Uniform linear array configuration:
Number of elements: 12
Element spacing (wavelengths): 0.75
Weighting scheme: kaiser
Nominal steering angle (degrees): -45
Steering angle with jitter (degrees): -46.952
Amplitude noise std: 0.05
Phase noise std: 0.05

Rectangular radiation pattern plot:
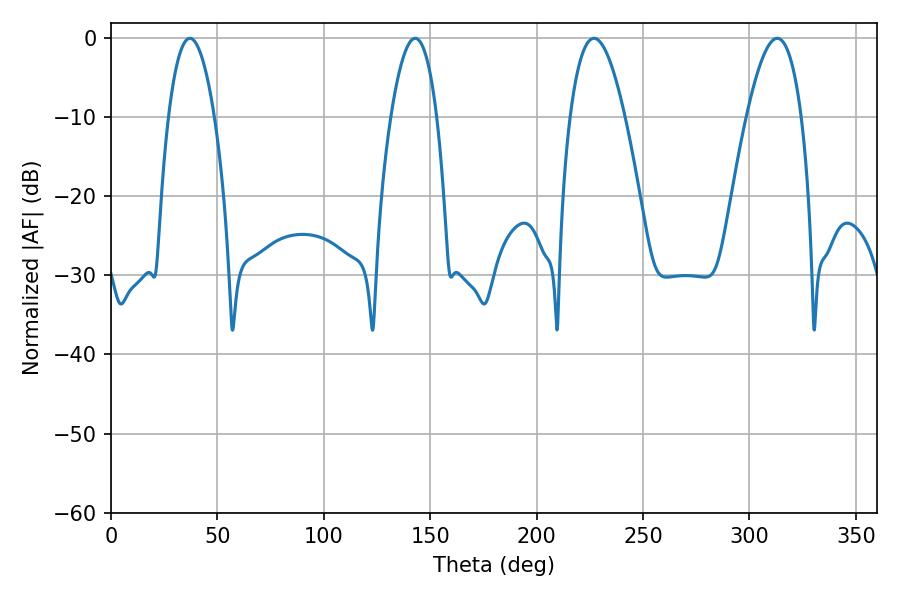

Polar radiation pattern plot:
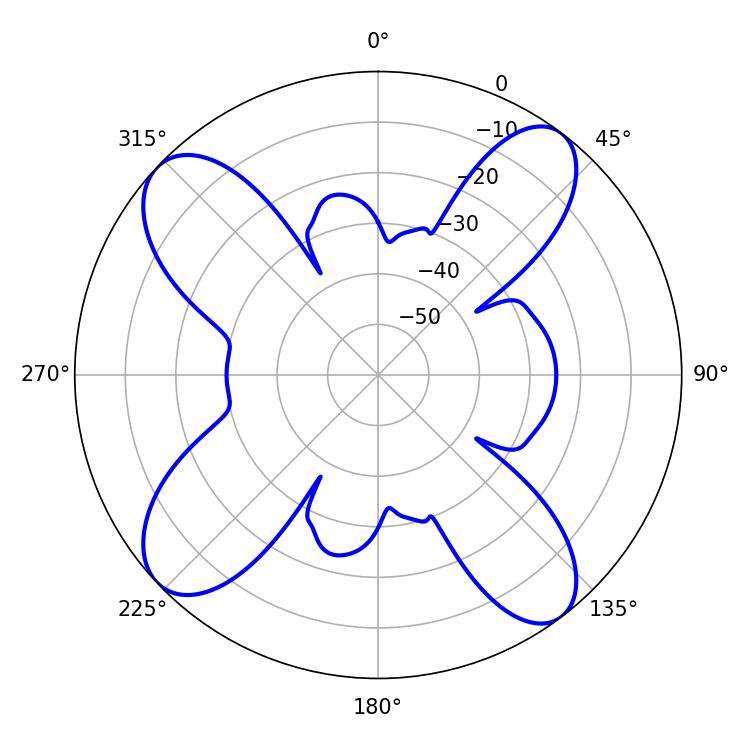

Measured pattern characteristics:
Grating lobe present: TRUE
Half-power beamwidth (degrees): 11.88
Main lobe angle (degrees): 142.92